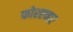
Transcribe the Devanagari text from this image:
फोरएव्हर